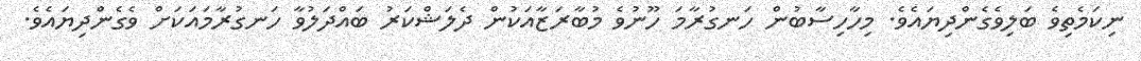
ނިކަމެތިވެ ބަލިވެގެންދިޔައެވެ. މިހާހިސާބުން ހަނގުރާމަ ހޫނުވެ މުބާރަޒާއަކުން ދެލަޝްކަރު ބައްދަލުވާ ހަނގުރާމައަކަށް ވެގެންދިޔައެވެ.